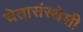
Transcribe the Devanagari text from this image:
चेतासंस्थेशी